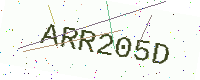
Text: ARR205D